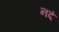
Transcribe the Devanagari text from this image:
नदं